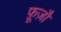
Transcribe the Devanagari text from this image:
फ़ूज़ौ